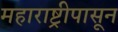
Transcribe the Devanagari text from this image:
महाराष्ट्रीपासून